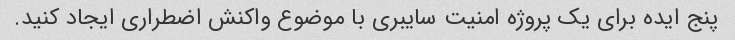
پنج ایده برای یک پروژه امنیت سایبری با موضوع واکنش اضطراری ایجاد کنید.